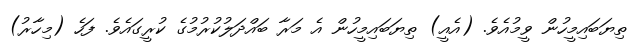
ތިޔަބައިމީހުން ވީމުއެވެ. (އެއީ) ތިޔަބައިމީހުން އެ މަރާ ބައްދަލުކުރުމުގެ ކުރީގައެވެ. ފަހެ (މިހާރު)